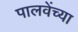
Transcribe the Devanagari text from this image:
पालवेंच्या